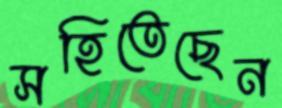
সহিতেছেন